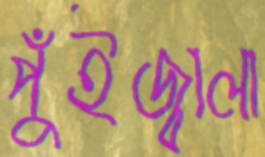
পুঁইজ্বালা